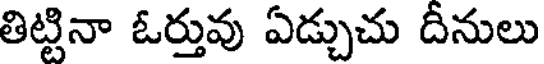
తిట్టినా ఓర్తువు ఏడ్చుచు దీనులు